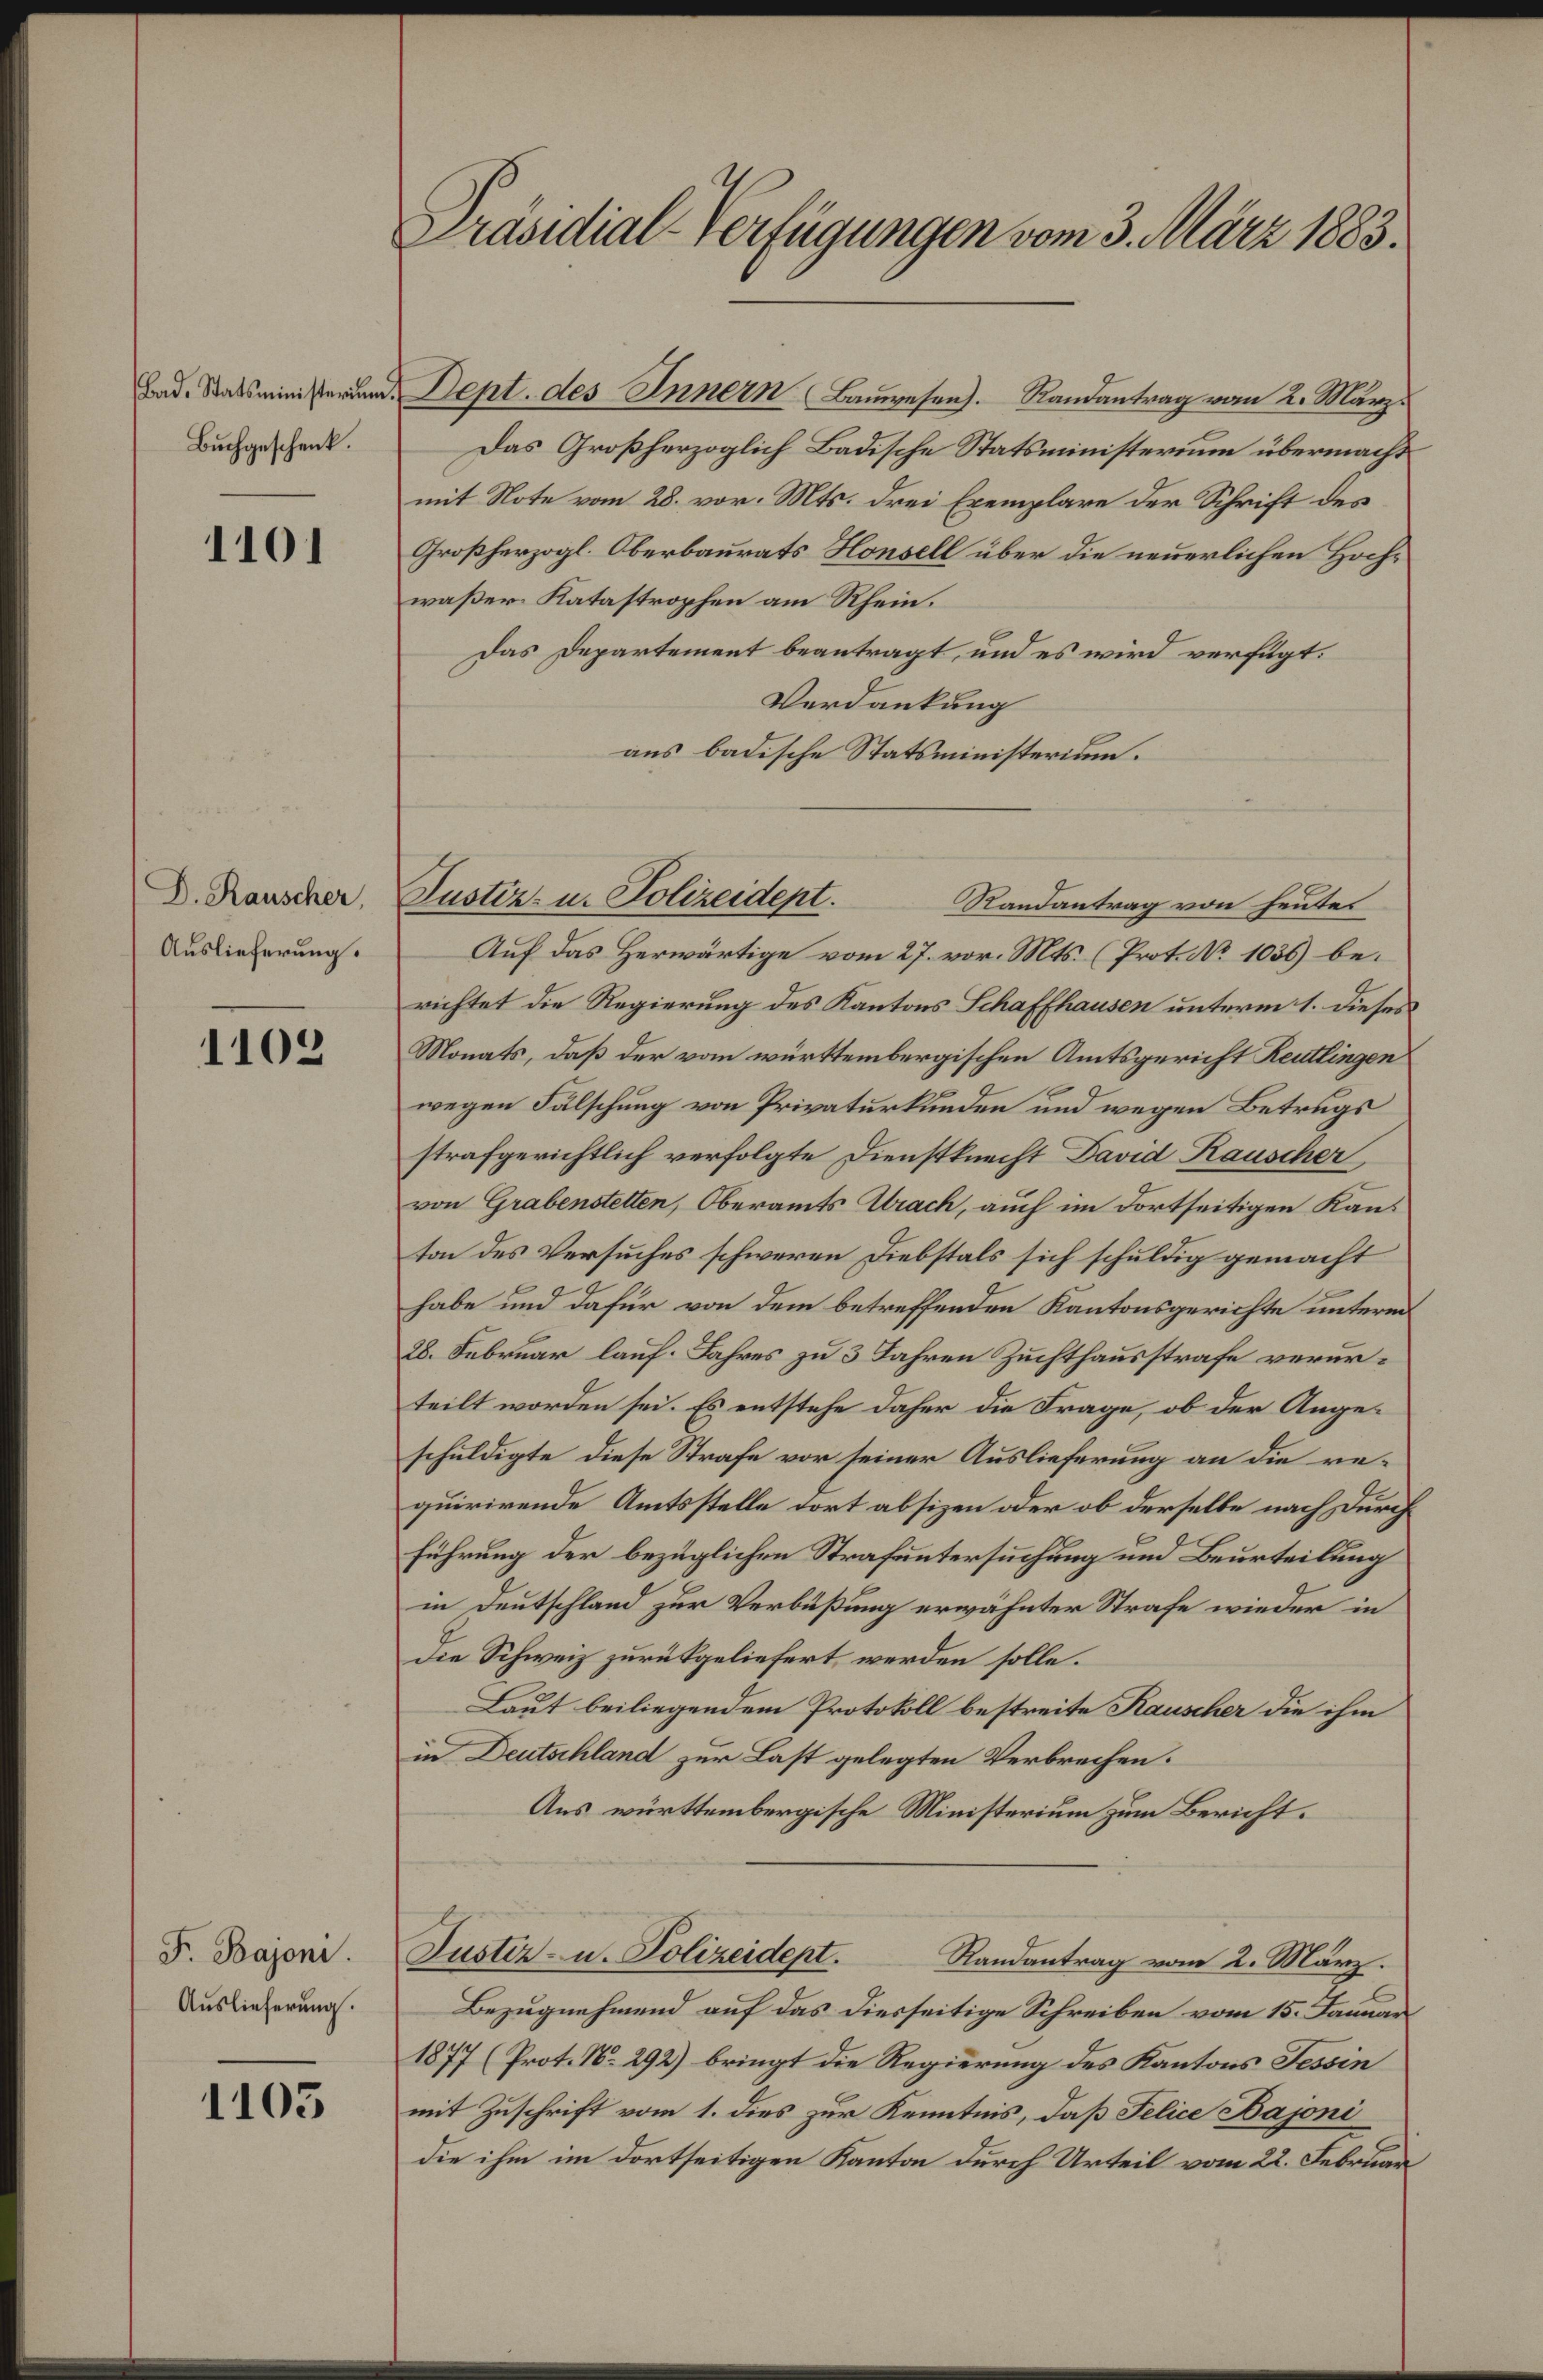
Bad. Statsministerium
Buchgeschenk.

1101

D. Rauscher,
Auslieferung.

1109

F. Bajoni.
Auslieferung.

1105

Präsidial-Verfügungen vom 3. März 1883.

Dept. des Innern Bauwesen). Randantrag vom 2. März
Das Großherzoglich Badische Statsministerium übermacht
mit Note vom 28. vor. Mts. drei Exemplare der Schrift der
Großherzogl. Oberbaurats Honsell über die neuerlichen Hochwaßer Katastrophen am Rhein.
Das Departement beantragt, und es wird verfügt:
Verdankung
aus badische Statsministerium.
Auf das Herwärtige vom 27. vor. Mts. (Prot. No 1036) berichtet die Regierung des Kantons Schaffhausen unterm 1. Dieses
Monats, daß der vom württembergischen Amtsgericht Reutlingen
wegen Fälschung von Privaturkunden und wegen Betrugs
strafgerichtlich verfolgte Dienstknecht David Rauscher
von Grabenstetten, Oberamts Urach, auch im dortseitigen Kaus
ton des Versuches schweren Diebstals sich schuldig gemacht
habe und dafür von dem betreffenden Kantonsgerichte unterm
28. Februar lauf. Jahres zu 3 Jahren Zuchthausstrafe verurteilt worden sei. Es entstehe daher die Frage, ob der Angeschuldigte diese Strafe vor seiner Auslieferung an die requirirende Amtsstelle dort absizen oder ob derselbe nach Durch
führung der bezüglichen Strafuntersuchung und Beurteilung
in Deutschland zur Verbüßung erwähnter Strafe wieder in
die Schweiz zurückgeliefert werden solle.
Laut beiliegendem Protokoll bestreite Kauscher die ihm
in Deutschland zur Last gelegten Verbrechen.
Aus württembergische Ministerium zum Bericht.
Justiz- u. Polizeidept.
Randantrag vom 2. März.
Bezugnehmend auf das diesseitige Schreiben vom 15. Januar
1877 (Prot. No. 292) bringt die Regierung des Kantons Tessin
mit Zuschrift vom 1. dies zur Kenntnis, daß Felice Bajoni
die ihm im dortseitigen Kanton durch Urteil vom 22. Februar

Justiz- u. Polizeidept. Randantrag von heutes